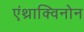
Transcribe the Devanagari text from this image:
एंथ्राक्विनोन